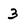
Character: 3